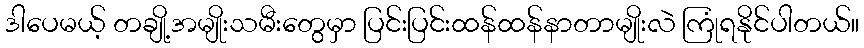
ဒါပေမယ့် တချို့အမျိုးသမီးတွေမှာ ပြင်းပြင်းထန်ထန်နာတာမျိုးလဲ ကြုံရနိုင်ပါတယ်။